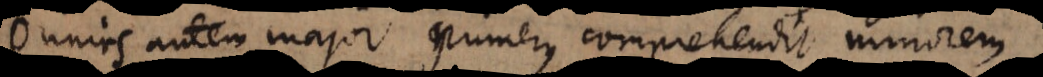
Omnis autem major numerus comprehendit minorem.